Civil Veterinary Dept. Bombay admin report 1900-1906 - 1900-1906
Year: 1900
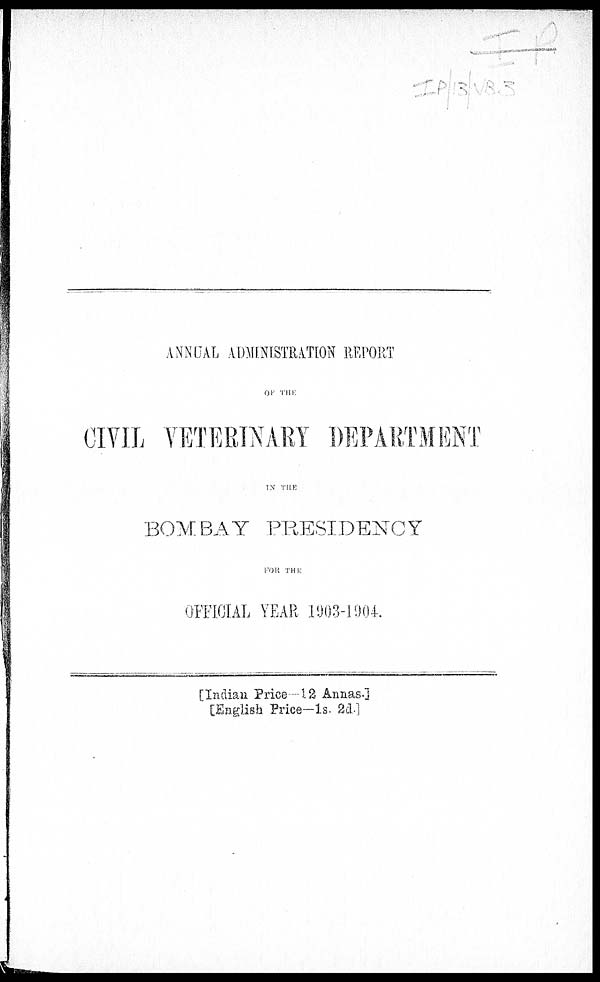
ANNUAL ADMINISTRATION REPORT
OF
THE
CIVIL VETERINARY DEPARTMENT
IN THE
BOMBAY PRESIDENCY
FOR
THE
OFFICIAL YEAR 1903-1904.
[Indian Price—12 Armas.]
[English Price-1s. 2d.]